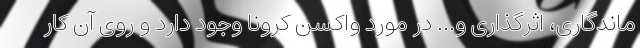
ماندگاری، اثرگذاری و... در مورد واکسن کرونا وجود دارد و روی آن کار